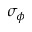
\sigma _ { \phi }